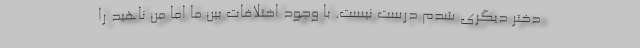
دختر دیگری شدم درست نیست. با وجود اختلافات بین ما اما من ناهید را